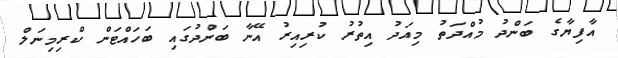
އާފިޔާގެ ބަންދު މުއްދަތު މިއަދު އިތުރު ކުރިއިރު އޭނާ ބަންދުގައި ބަހައްޓަން ކްރިމިނަލް